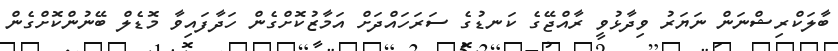
ބާލަކްރިޝްނަން ނަޔަރު ވިދާޅުވީ ރާއްޖޭގެ ކަނޑުގެ ސަރަހައްދަށް އަމާޒުކޮށްގެން ހަދާފައިވާ މޮޑެލް ބޭނުންކޮށްގެން